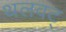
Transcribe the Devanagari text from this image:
थलवट्